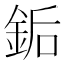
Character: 銗